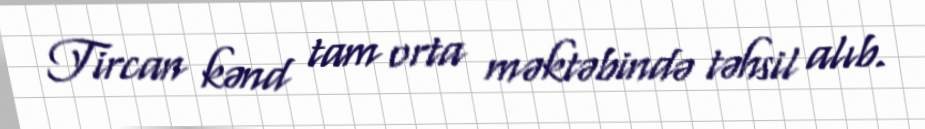
Tircan kənd tam orta məktəbində təhsil alıb.